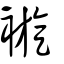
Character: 𧜽